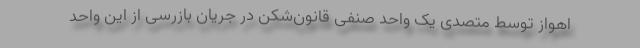
اهواز توسط متصدی یک واحد صنفی قانون‌شکن در جریان بازرسی از این واحد